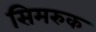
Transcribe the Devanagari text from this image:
सिमरुक